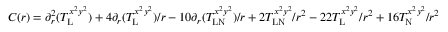
C ( r ) = \partial _ { r } ^ { 2 } ( T _ { \mathrm { L } } ^ { x ^ { 2 } y ^ { 2 } } ) + 4 \partial _ { r } ( T _ { \mathrm { L } } ^ { x ^ { 2 } y ^ { 2 } } ) / r - 1 0 \partial _ { r } ( T _ { \mathrm { L N } } ^ { x ^ { 2 } y ^ { 2 } } ) / r + 2 T _ { \mathrm { L N } } ^ { x ^ { 2 } y ^ { 2 } } / r ^ { 2 } - 2 2 T _ { \mathrm { L } } ^ { x ^ { 2 } y ^ { 2 } } / r ^ { 2 } + 1 6 T _ { \mathrm { N } } ^ { x ^ { 2 } y ^ { 2 } } / r ^ { 2 }